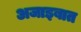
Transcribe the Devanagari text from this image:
अजाइबात